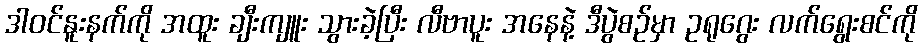
ဒါ၀င်နူးနက်ကို အထူး ချီးကျူး သွားခဲ့ပြီး လီဗာပူး အနေနဲ့ ဒီပွဲစဉ်မှာ ဥရုဂွေး လက်ရွေးစင်ကို